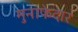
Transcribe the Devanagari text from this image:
मुनाफेदार